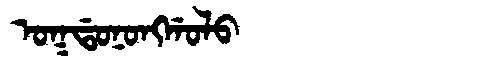
Manchu: ᠣᡴᡩᠣᠨᠣᠩᡤᠣᠯᠣ
Romanization: OKDONONGGOLO